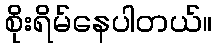
စိုးရိမ်နေပါတယ်။